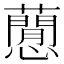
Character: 𧂡